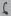
Text: 6